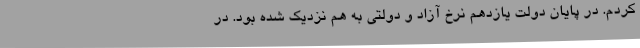
کردم. در پایان دولت یازدهم نرخ آزاد و دولتی به هم نزدیک شده بود. در